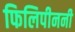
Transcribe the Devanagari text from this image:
फिलिपीननी